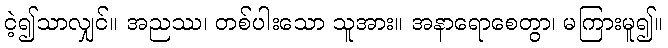
ငဲ့၍သာလျှင်။ အညဿ၊ တစ်ပါးသော သူအား။ အနာရောစေတွာ၊ မကြားမူ၍။